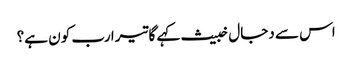
اس سے دجال خبیث کہے گا تیرا رب کون ہے؟